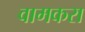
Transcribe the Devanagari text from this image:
वामकरा